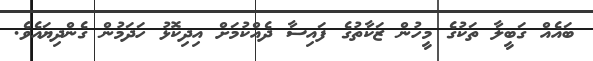
ބައެއް ގަބީލާ ތަކުގެ މީހުން ޒަކާތުގެ ފައިސާ ދެއްކުމަށް އިދިކޮޅު ހަދަމުން ގެންދިޔައެވެ.